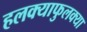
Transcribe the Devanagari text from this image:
हलक्याफुलक्या